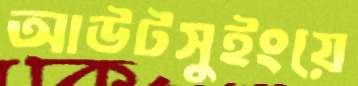
আউটসুইংয়ে